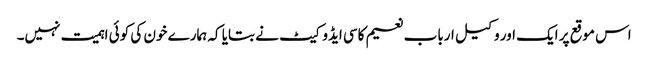
اس موقع پر ایک اور وکیل ارباب نعیم کاسی ایڈوکیٹ نے بتایا کہ ہمارے خون کی کوئی اہمیت نہیں۔